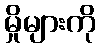
မှိုများကို